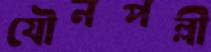
যৌনপল্লী